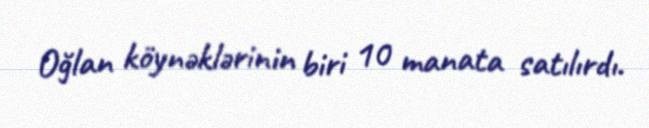
Oğlan köynəklərinin biri 10 manata satılırdı.